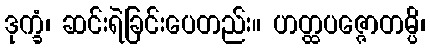
ဒုက္ခံ၊ ဆင်းရဲခြင်းပေတည်း။ ဟတ္ထပဇ္ဇောတမ္ပိ၊